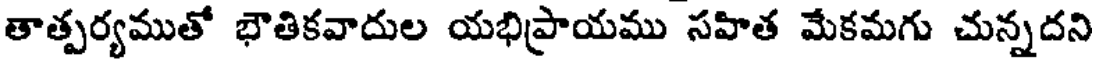
తాత్పర్యముతో భౌతికవాదుల యభిప్రాయము సహిత మేకమగు చున్నదని